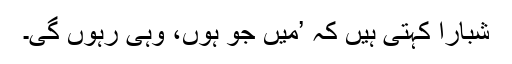
شبارا کہتی ہیں کہ ’میں جو ہوں، وہی رہوں گی۔